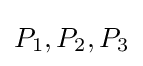
P_{1},P_{2},P_{3}